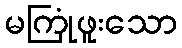
မကြုံဖူးသော